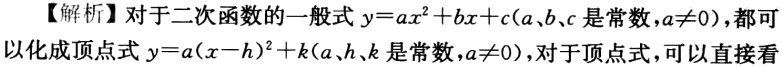
【解析】对于二次函数的一般式\(y = ax^{2}+bx + c(a、b、c\)是常数，\(a\neq0)\)，都可以化成顶点式\(y=a(x - h)^{2}+k(a、h、k\)是常数，\(a\neq0)\)，对于顶点式，可以直接看